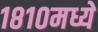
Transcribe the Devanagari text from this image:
१८१०मध्ये